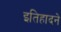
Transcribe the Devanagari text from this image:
इतिहादने